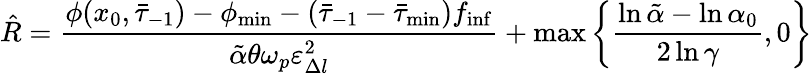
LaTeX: \hat{R}=\frac{\phi(x_{0},\bar{\tau}_{-1})-\phi_{\operatorname*{min}}-(\bar{\tau}_{-1}-\bar{\tau}_{\operatorname*{min}})f_{\operatorname*{inf}}}{\tilde{\alpha}\theta\omega_{p}\varepsilon_{\Delta l}^{2}}+\operatorname*{max}\left\{ \frac{\ln\tilde{\alpha}-\ln\alpha_{0}}{2\ln\gamma},0\right\}